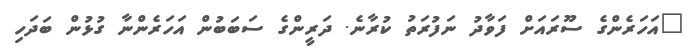
"އަހަރެންގެ ސޫރައަށް ފަވާދު ނަފުރަތު ކުރާނެ. ދަރީންގެ ސަބަބުން އަހަރެންނާ ގުޅުން ބަދަހި